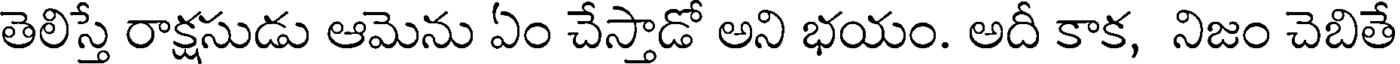
తెలిస్తే రాక్షసుడు ఆమెను ఏం చేస్తాడో అని భయం. అదీ కాక, నిజం చెబితే